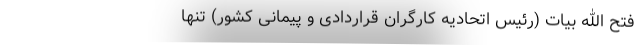
فتح الله بیات (رئیس اتحادیه کارگران قراردادی و پیمانی کشور) تنها